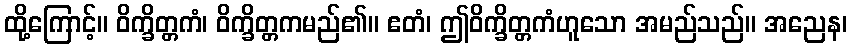
ထို့ကြောင့်။ ဝိက္ခိတ္တကံ၊ ဝိက္ခိတ္တကမည်၏။ ဧတံ၊ ဤဝိက္ခိတ္တကံဟူသော အမည်သည်။ အညေန၊